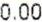
0.00